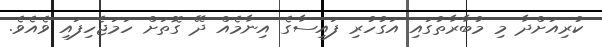
ކުރިއަށްދާ މި މުބާރާތުގައި އަގުހުރި ފައިސާގެ އިނާމެއް ދޭ ގޮތަށް ހަމަޖެހިފައި ވެއެވެ.